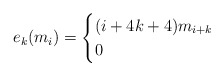
\begin{align*}e_k(m_i)=\begin{cases} (i+4k+4)m_{i+k}&\\ 0& \end{cases}\end{align*}